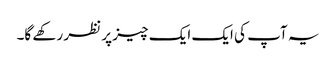
یہ آپ کی ایک ایک چیز پر نظر رکھے گا۔